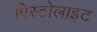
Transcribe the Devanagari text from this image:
पिस्टोलाइट